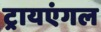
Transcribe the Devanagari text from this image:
ट्रायएंगल